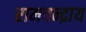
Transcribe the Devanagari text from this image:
रामचन्द्राय